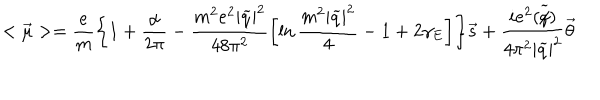
< \overrightarrow { \mu } > = \frac { e } { m } \biggl \{ 1 + \frac { \alpha } { 2 \pi } - \frac { m ^ { 2 } e ^ { 2 } | \widetilde { q } | ^ { 2 } } { 4 8 \pi ^ { 2 } } \biggl [ \ln \frac { m ^ { 2 } | \widetilde { q } | ^ { 2 } } { 4 } - 1 + 2 \gamma _ { E } \biggr ] \biggr \} \overrightarrow { s } + \frac { i e ^ { 2 } ( \widetilde { q \hspace { - 0 . 2 c m } / } ) } { 4 \pi ^ { 2 } | \widetilde { q } | ^ { 2 } } \overrightarrow { \theta }